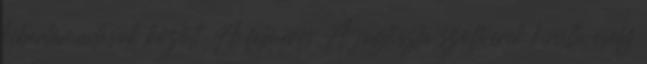
kibertámadások között. A felmérés A jogtiszta szoftverek kínálta esély